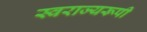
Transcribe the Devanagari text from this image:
स्वराज्यरूपी